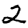
Digit: 2